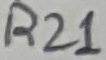
Text: R21